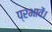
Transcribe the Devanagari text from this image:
प्रभावें।